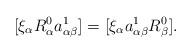
LaTeX: \begin{align*} [\xi_\alpha R_\alpha^0 a_{\alpha \beta}^1] =[\xi_\alpha a_{\alpha \beta}^1 R_\beta^0].\end{align*}